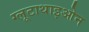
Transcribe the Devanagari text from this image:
ग्लूटाथाइओन